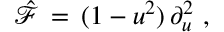
\begin{array} { r } { \hat { \mathcal { F } } \, = \, ( 1 - u ^ { 2 } ) \, \partial _ { u } ^ { 2 } \ , \ } \end{array}